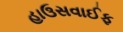
હાઉસવાઈફ